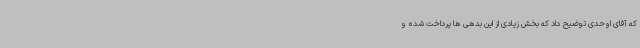
که آقای اوحدی توضیح داد که بخش زیادی از این بدهی ها پرداخت شده و